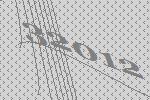
32012